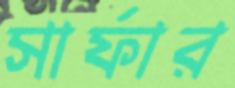
সার্ফার